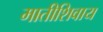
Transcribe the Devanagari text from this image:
मातीशिवाय